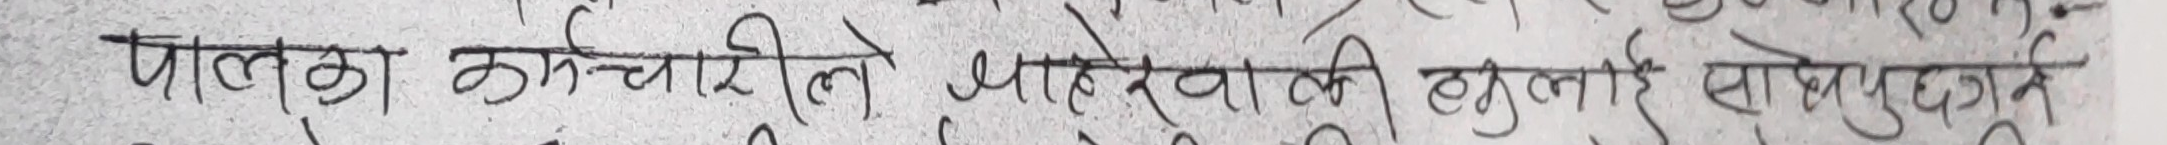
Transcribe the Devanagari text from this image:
पालका कर्मचारीले बाहिरवाली छोरीलाई सोपुछुत्र